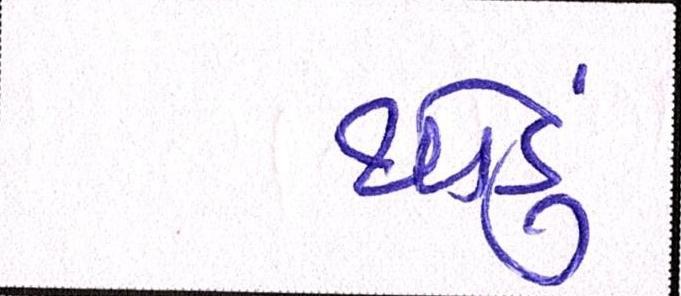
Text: થોડું